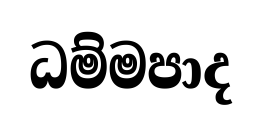
ධම්මපාද